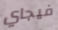
فيجاي